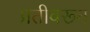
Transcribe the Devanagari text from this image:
प्रतीवरून